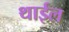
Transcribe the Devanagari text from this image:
थाईल